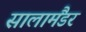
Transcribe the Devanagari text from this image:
सालामैंडर